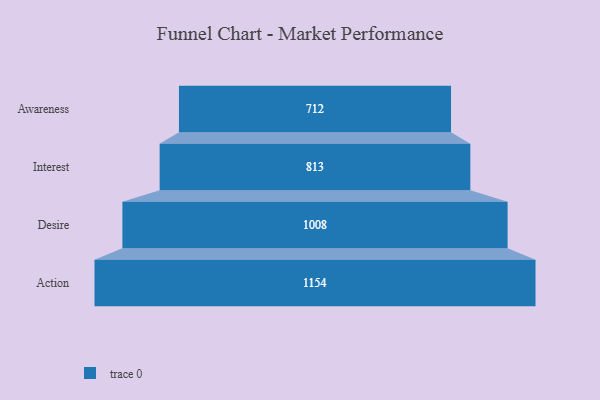
{"axis": {"x": "Stage", "y": "Value"}, "legend": [""], "data": [{"x": "Awareness", "y": 712.0, "type": ""}, {"x": "Interest", "y": 813.0, "type": ""}, {"x": "Desire", "y": 1008.0, "type": ""}, {"x": "Action", "y": 1154.0, "type": ""}]}